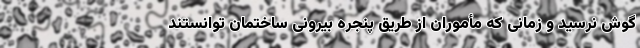
گوش نرسید و زمانی که مأموران از طریق پنجره بیرونی ساختمان توانستند